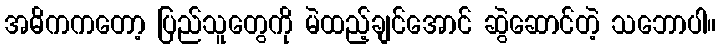
အဓိကကတော့ ပြည်သူတွေကို မဲထည့်ချင်အောင် ဆွဲဆောင်တဲ့ သဘောပါ။